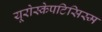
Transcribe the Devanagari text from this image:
यूरोस्केपटिसिस्म